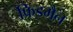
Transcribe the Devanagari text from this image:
फ्रिडमैन